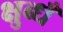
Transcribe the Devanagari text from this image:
क्षुब्धँ